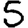
Digit: 5